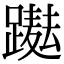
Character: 𨅫